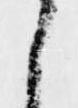
之